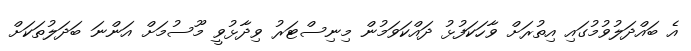
އެ ބައްދަލުވުމުގައި އިތުރަށް ވާހަކަފުޅު ދައްކަވަމުން މިނިސްޓަރު ވިދާޅުވީ މޫސުމަށް އަންނަ ބަދަލުތަކަށް